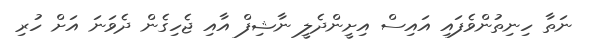
ނަތާ ހިނިތުންވެފައި އައިސް އިށީންދެލީ ނާޝިފް އާއި ޖެހިގެން ދެވަނަ އަށް ހުރި